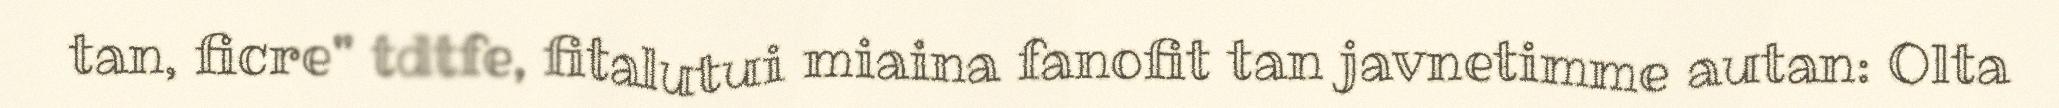
tan, ficre" tdtfe, fitalutui miaina fanofit tan javnetimme autan: Olta